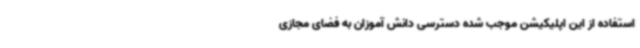
استفاده از این اپلیکیشن موجب شده دسترسی دانش آموزان به فضای مجازی